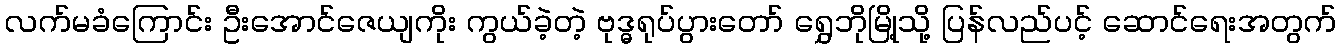
လက်မခံကြောင်း ဦးအောင်ဇေယျကိုး ကွယ်ခဲ့တဲ့ ဗုဒ္ဓရုပ်ပွားတော် ရွှေဘိုမြို့သို့ ပြန်လည်ပင့် ဆောင်ရေးအတွက်